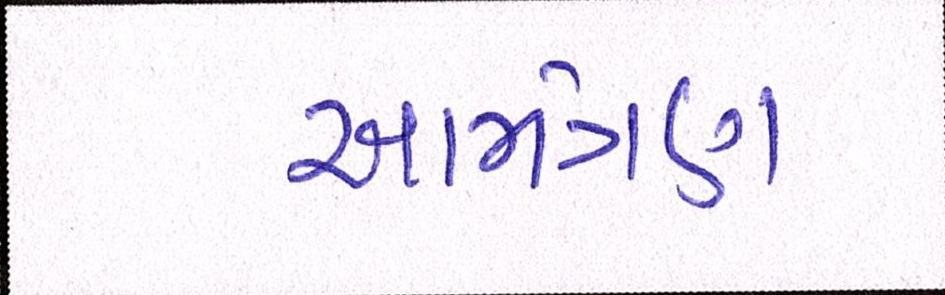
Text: આમંત્રણ